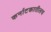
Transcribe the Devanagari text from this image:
कर्नाटकातीलच